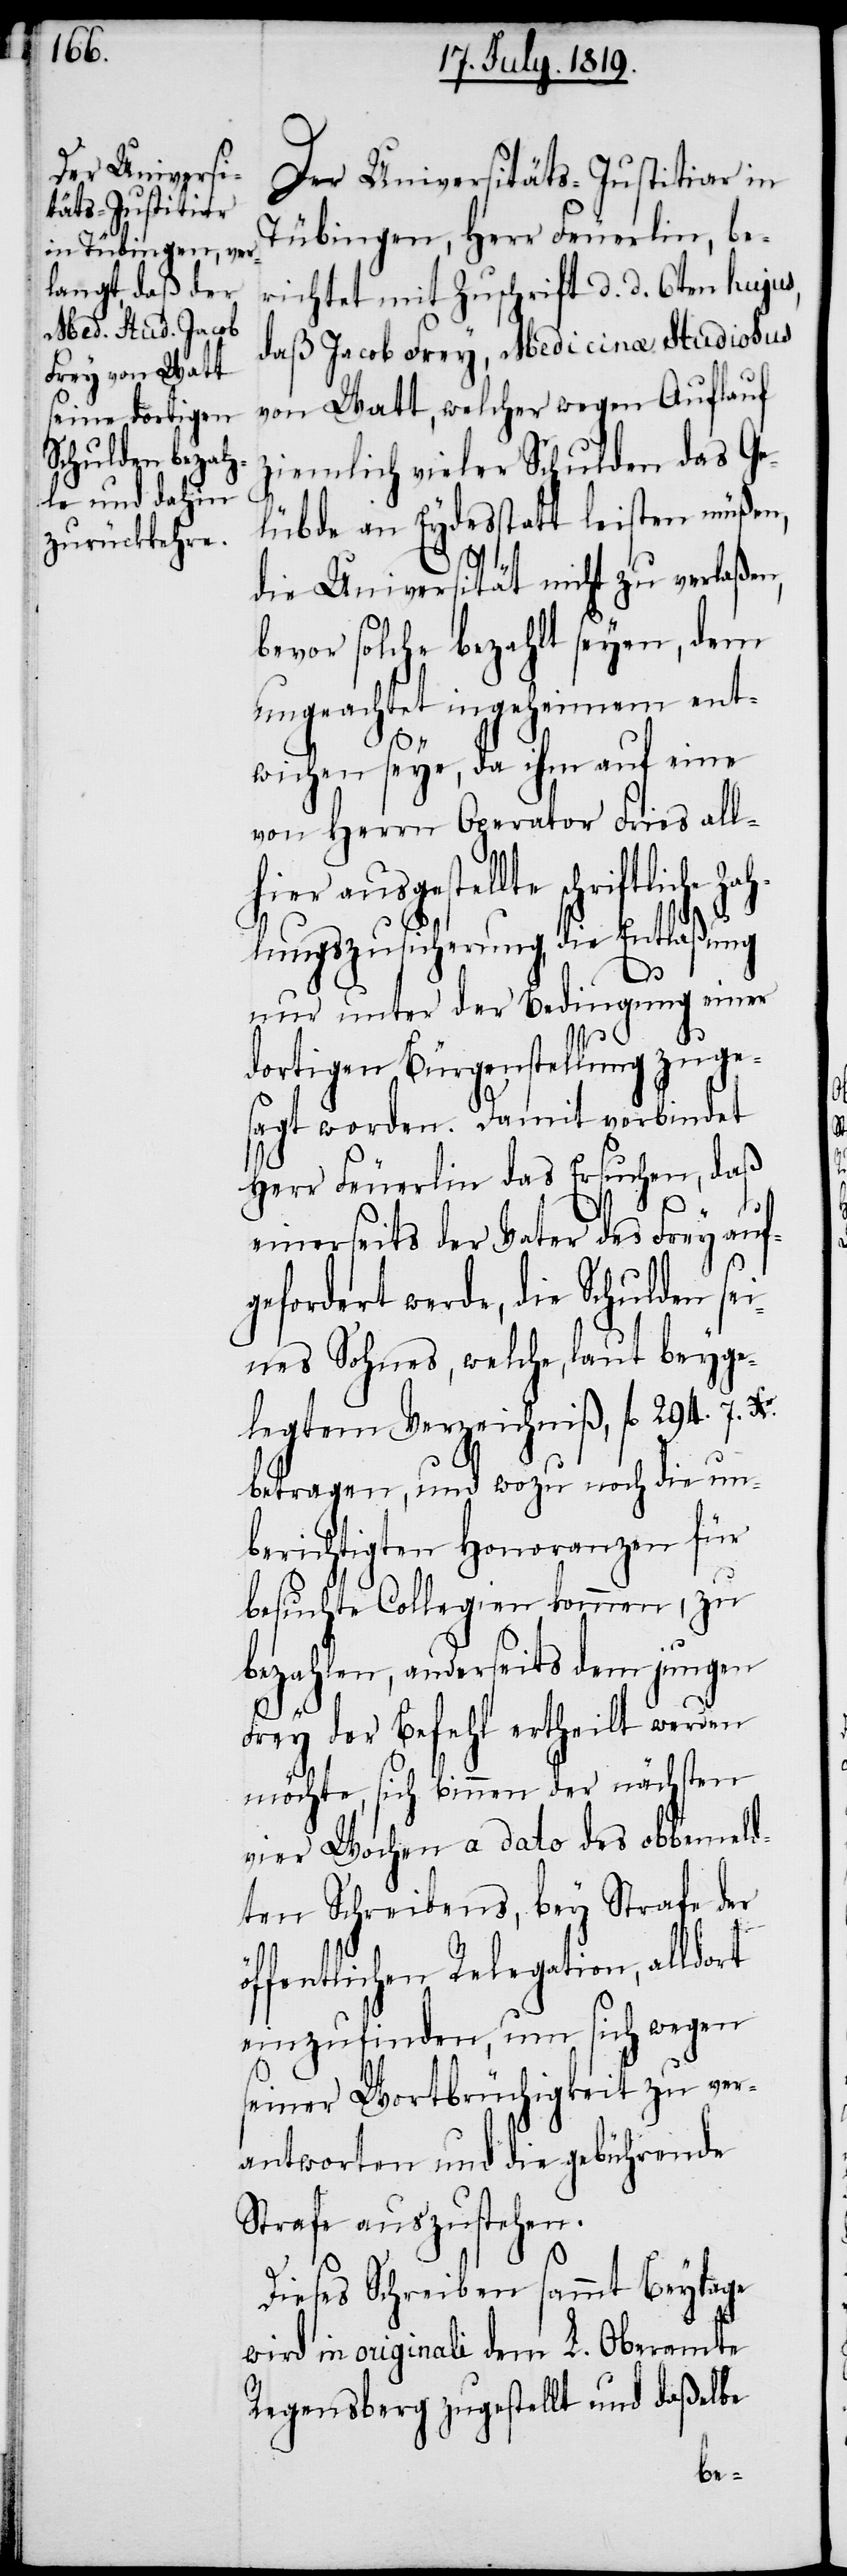
Der Universitäts-Justitiar in
Tübingen, Herr Feuerlin, be¬
richtet mit Zuschrift d. d. 6ten hujus,
daß Jacob Frey, Medicinae Studiosus
von Watt, welcher wegen Auflauf
ziemlich vieler Schulden das Ge¬
lübde an Eydes statt leisten müßen,
die Universität nicht zu verlaßen,
bevor solche bezahlt seyen, dem
ungeachtet ingeheimen ent¬
wichen seye, da ihm auf eine
von Herrn Operator Fries all¬
ausgestellte schriftliche
hlungszusicherung, die Entlaßung
nur unter der Bedingung einer
Za¬
dortigen Bürgenstellung zuge¬
sagt worden. Damit verbindet
Herr Feuerlin das Ersuchen, daß
einerseits der Vater des Frey auf¬
gefordert werde, die Schulden sei¬
nes Sohnes, welche, laut beyge¬
legtem Verzeichniß, fl. 294. 7. Xr.
betragen, und wozu noch die un¬
berichtigten Honoranzen für
besuchte Collegien kommen, zu
bezahlen, anderseits dem jungen
hier
Frey der Befehl ertheilt werden
möchte, sich binnen der nächsten
vier Wochen a dato des obbemeld¬
ten Schreibens, bey Strafe der
öffentlichen Relegation, alldort
einzufinden, um sich wegen
seiner Wortbrüchigkeit zu ver¬
antworten und die gebührende
Strafe auszustehen.
Dieses Schreiben sammt Beylage
wird in originali dem L. Oberamte
Regensberg zugestellt und daßelbe